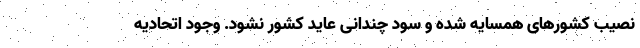
نصیب کشورهای همسایه شده و سود چندانی عاید کشور نشود. وجود اتحادیه